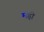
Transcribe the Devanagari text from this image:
मड़ी